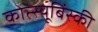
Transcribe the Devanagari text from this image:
कोत्स्यूबिंस्की